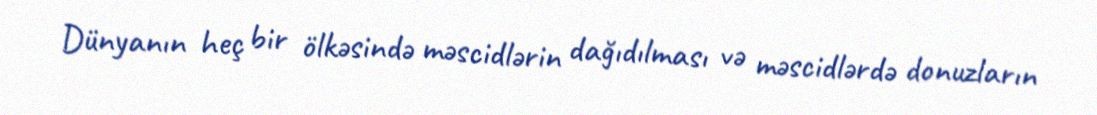
Dünyanın heç bir ölkəsində məscidlərin dağıdılması və məscidlərdə donuzların